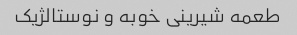
طعمه شیرینی خوبه و نوستالژیک